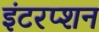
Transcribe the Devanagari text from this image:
इंटरप्शन